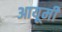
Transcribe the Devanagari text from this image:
आयूमी